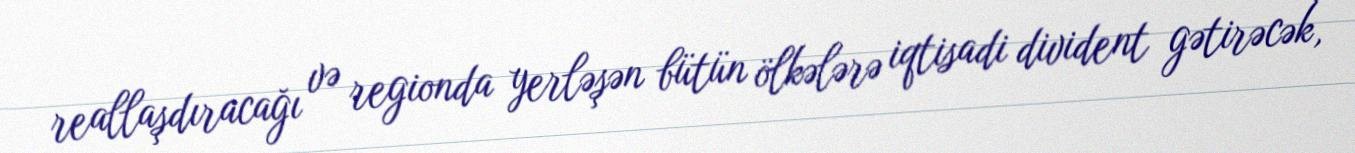
reallaşdıracağı və regionda yerləşən bütün ölkələrə iqtisadi divident gətirəcək,